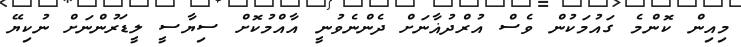
މިއިން ކޮންމެ ގައުމަކުން ވެސް އުރްދުޣާނަށް ދެންނެވުނީ އާއްމުކޮށް ސިޔާސީ ލީޑަރުންނަށް ނުކިޔޭ